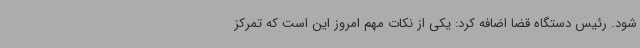
شود. رئیس دستگاه قضا اضافه کرد: یکی از نکات مهم امروز این است که تمرکز